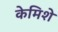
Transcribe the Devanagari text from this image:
केमिशे